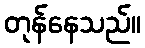
တုန်နေသည်။